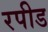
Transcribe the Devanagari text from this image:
रपीड